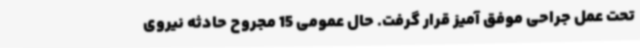
تحت عمل جراحی موفق ‌آمیز قرار گرفت. حال عمومی 15 مجروح حادثه نیروی